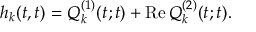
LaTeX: h _ { k } ( t , t ) = Q _ { k } ^ { ( 1 ) } ( t ; t ) + \mathrm { R e } \, Q _ { k } ^ { ( 2 ) } ( t ; t ) .